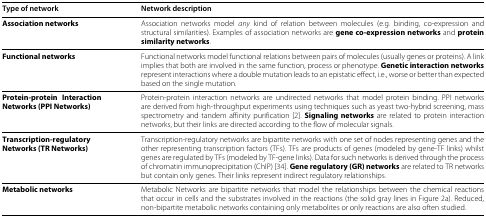
| Type of network | Network description |
 | --- | --- |
 | Association networks | Association networks model any kind of relation betweenmolecules (e.g. binding, co-expression and structural similarities).Examples of association networks are gene co-expressionnetworks and protein similarity networks. |
 | Functional networks | Functional networks model functional relations between pairs ofmolecules (usually genes or proteins). A link implies that both areinvolved in the same function, process or phenotype. Geneticinteraction networks represent interactions where a doublemutation leads to an epistatic effect, i.e., worse or better thanexpected based on the single mutation. |
 | Protein-protein Interaction Networks (PPI Networks) | Protein-protein interaction networks are undirected networks thatmodel protein binding. PPI networks are derived from high-throughputexperiments using techniques such as yeast two-hybrid screening, massspectrometry and tandem affinity purification [2]. Signaling networks are related to proteininteraction networks, but their links are directed according to theflow of molecular signals. |
 | Transcription-regulatory Networks (TR Networks) | Transcription-regulatory networks are bipartite networks with one setof nodes representing genes and the other representing transcriptionfactors (TFs). TFs are products of genes (modeled by gene-TF links)whilst genes are regulated by TFs (modeled by TF-gene links). Data forsuch networks is derived through the process of chromatinimmunoprecipitation (ChIP) [34]. Gene regulatory (GR) networks are related to TRnetworks but contain only genes. Their links represent indirectregulatory relationships. |
 | Metabolic networks | Metabolic Networks are bipartite networks that model the relationshipsbetween the chemical reactions that occur in cells and the substratesinvolved in the reactions (the solid gray lines in Figure 2a). Reduced, non-bipartite metabolic networkscontaining only metabolites or only reactions are also oftenstudied. |